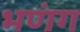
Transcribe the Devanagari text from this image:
भणंग